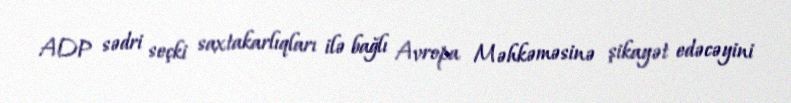
ADP sədri seçki saxtakarlıqları ilə bağlı Avropa Məhkəməsinə şikayət edəcəyini